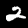
Digit: 2